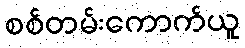
စစ်တမ်းကောက်ယူ